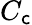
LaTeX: C_{\mathsf{c}}